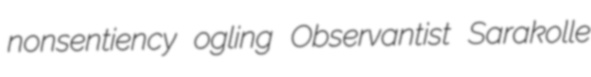
nonsentiency ogling Observantist Sarakolle